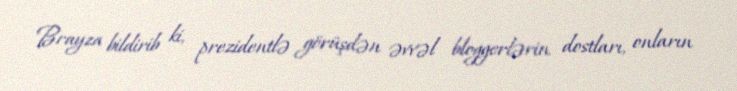
Brayza bildirib ki, prezidentlə görüşdən əvvəl bloggerlərin dostları, onların